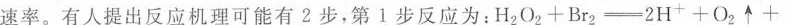
速率。有人提出反应机理可能有2步，第1步反应为：$$H _ { 2 } O _ { 2 } + B r _ { 2 } = 2 H ^ { + } + O _ { 2 } \uparrow +